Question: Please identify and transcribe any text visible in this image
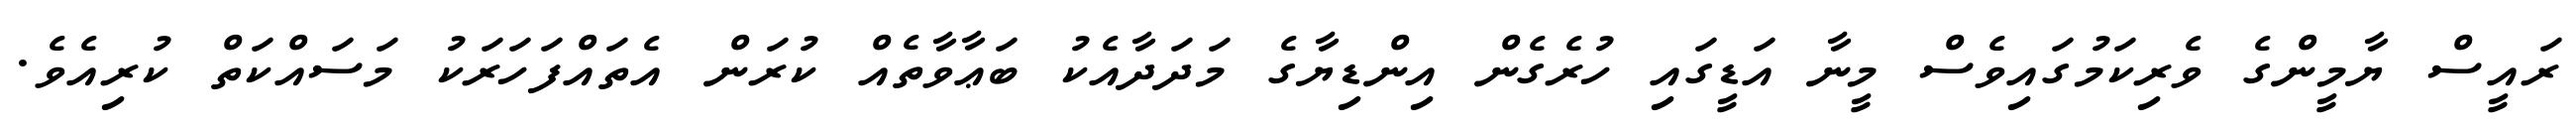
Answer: ރައީސް ޔާމީންގެ ވެރިކަމުގައިވެސް މީނާ އަޑީގައި ހުރެގެން އިންޑިޔާގެ މަދަދާއެކު ބަޢާވާތެއް ކުރަން އެތައްފަހަރަކު މަސައްކަތް ކުރިއެވެ.